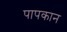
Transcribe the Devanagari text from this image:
पापकान